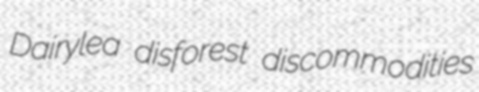
Dairylea disforest discommodities